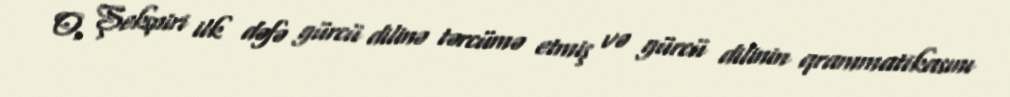
O, Şekspiri ilk dəfə gürcü dilinə tərcümə etmiş və gürcü dilinin qrammatikasını